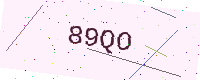
Text: 89QO